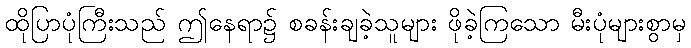
ထိုပြာပုံကြီးသည် ဤနေရာ၌ စခန်းချခဲ့သူများ ဖိုခဲ့ကြသော မီးပုံများစွာမှ